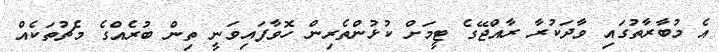
އެ މުބާރާތުގައި ވާދަކުރާ ރާއްޖޭގެ ޓީމަށް ކުޅުންތެރިން ހޮވާފައިވަނީ ތިން ބުރެއްގެ މެޗުތަކެއް